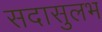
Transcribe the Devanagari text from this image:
सदासुलभ